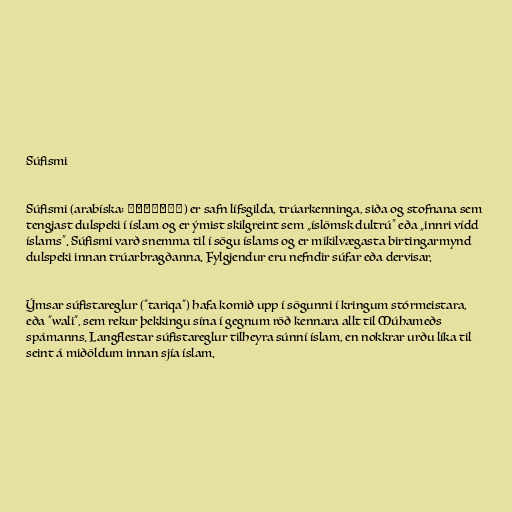
Súfismi

Súfismi (arabíska: ٱلصُّوفِيَّة‎) er safn lífsgilda, trúarkenninga, siða og stofnana sem
tengjast dulspeki í íslam og er ýmist skilgreint sem „íslömsk dultrú“ eða „innri vídd
íslams“. Súfismi varð snemma til í sögu íslams og er mikilvægasta birtingarmynd
dulspeki innan trúarbragðanna. Fylgjendur eru nefndir súfar eða dervisar.

Ýmsar súfistareglur ("tariqa") hafa komið upp í sögunni í kringum stórmeistara,
eða "wali", sem rekur þekkingu sína í gegnum röð kennara allt til Múhameðs
spámanns. Langflestar súfistareglur tilheyra súnní íslam, en nokkrar urðu líka til
seint á miðöldum innan sjía íslam.